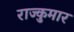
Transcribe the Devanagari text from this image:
राज्कुमार